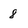
Character: 8